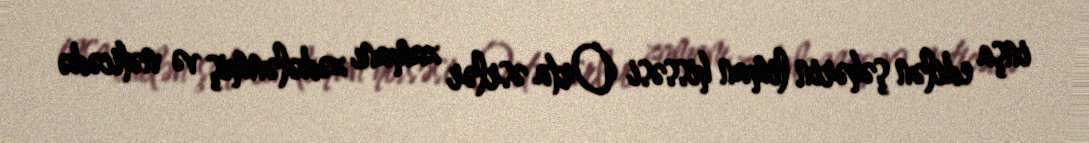
inşa edilən şəhərin liman hissəsi Orta əsrlər zamanı zədələnmiş və nəticədə